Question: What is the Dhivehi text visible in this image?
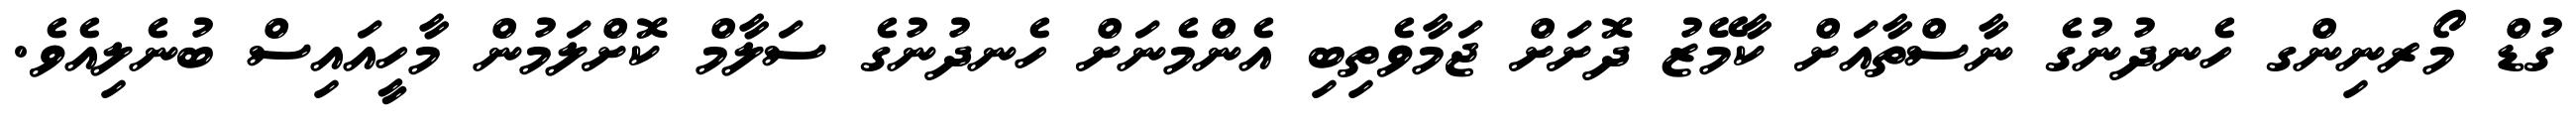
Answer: ގުޑް މޯރނިންގ ހެނދުނުގެ ނާސްތާއަށް ކާމޭޒު ދޮށަށް ޖަމާވެތިބި އެންމެނަށް ހެނދުނުގެ ސަލާމް ކޮށްލަމުން މާހީއައިސް ބުނެލިއެވެ.